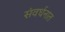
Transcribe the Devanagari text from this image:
संवर्धनात